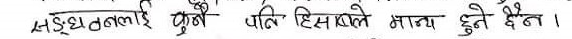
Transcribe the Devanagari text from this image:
सङ्गठनालाई पुत्रो पति हिस्समे मात्रा हुने दैन।